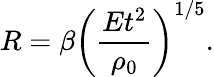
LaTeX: R=\beta\left({\frac{Et^{2}}{\rho_{0}}}\right)^{1/5}.